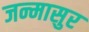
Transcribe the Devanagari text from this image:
जन्मासुर